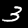
Digit: 3